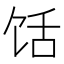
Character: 𱃺